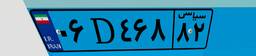
۰۶D۴۶۸۸۲